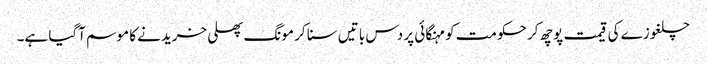
چلغوزے کی قیمت پوچھ کر حکومت کو مہنگائی پر دس باتیں سنا کر مونگ پھلی خریدنے کا موسم آگیا ہے۔